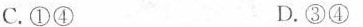
C.①④ D.③④